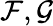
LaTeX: {\mathcal{F}},{\mathcal{G}}